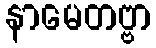
နာမေတဗ္ဗာ